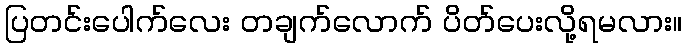
ပြတင်းပေါက်လေး တချက်လောက် ပိတ်ပေးလို့ရမလား။